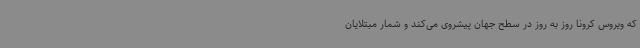
که ویروس کرونا روز به روز در سطح جهان پیشروی می‌کند و شمار مبتلایان